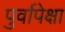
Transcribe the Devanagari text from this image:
पुर्वापेक्षा